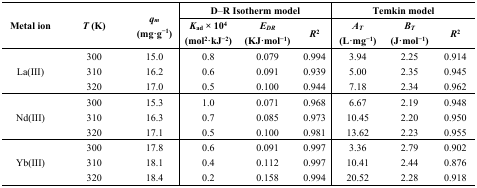
<table><thead><tr><td rowspan="2"><b>Metal ion</b></td><td rowspan="2"><b><i>T</i> (K)</b></td><td rowspan="2"><b><i>q<sub>m</sub></i> (mg·g<sup>−1</sup>)</b></td><td colspan="3"><b>D–R Isotherm model</b></td><td colspan="3"><b>Temkin model</b></td></tr><tr><td><b><i>K</i><sub>ad</sub> × 10<sup>4</sup> (mol<sup>2</sup>·kJ<sup>−2</sup>)</b></td><td><b><i>E<sub>DR</sub></i> (KJ·mol<sup>−1</sup>)</b></td><td><b><i>R</i><sup>2</sup></b></td><td><b><i>A<sub>T</sub></i> (L·mg<sup>−1</sup>)</b></td><td><b><i>B<sub>T</sub></i> (J·mol<sup>−1</sup>)</b></td><td><b><i>R</i><sup>2</sup></b></td></tr></thead><tbody><tr><td rowspan="3">La(III)</td><td>300</td><td>15.0</td><td>0.8</td><td>0.079</td><td>0.994</td><td>3.94</td><td>2.25</td><td>0.914</td></tr><tr><td>310</td><td>16.2</td><td>0.6</td><td>0.091</td><td>0.939</td><td>5.00</td><td>2.35</td><td>0.945</td></tr><tr><td>320</td><td>17.0</td><td>0.5</td><td>0.100</td><td>0.944</td><td>7.18</td><td>2.34</td><td>0.962</td></tr><tr><td rowspan="3">Nd(III)</td><td>300</td><td>15.3</td><td>1.0</td><td>0.071</td><td>0.968</td><td>6.67</td><td>2.19</td><td>0.948</td></tr><tr><td>310</td><td>16.3</td><td>0.7</td><td>0.085</td><td>0.973</td><td>10.45</td><td>2.20</td><td>0.950</td></tr><tr><td>320</td><td>17.1</td><td>0.5</td><td>0.100</td><td>0.981</td><td>13.62</td><td>2.23</td><td>0.955</td></tr><tr><td rowspan="3">Yb(III)</td><td>300</td><td>17.8</td><td>0.6</td><td>0.091</td><td>0.997</td><td>3.36</td><td>2.79</td><td>0.902</td></tr><tr><td>310</td><td>18.1</td><td>0.4</td><td>0.112</td><td>0.997</td><td>10.41</td><td>2.44</td><td>0.876</td></tr><tr><td>320</td><td>18.4</td><td>0.2</td><td>0.158</td><td>0.994</td><td>20.52</td><td>2.28</td><td>0.918</td></tr></tbody></table>